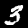
Digit: 3